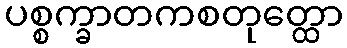
ပစ္စက္ခာတကစတုတ္ထော